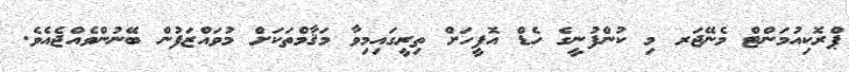
ޕްރޮކިއުމަންޓް މެނޭޖަރ މި ކުންފުނީގެ ހެޑް އޮފީހަށް ތިރީގައިމިވާ މަޤާމްތަކަށް މުވައްޒަފުން ބޭނުންވެއްޖެއެވެ.